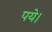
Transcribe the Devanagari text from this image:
पये।